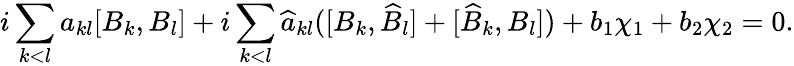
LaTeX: i\sum_{k<l}a_{kl}[B_{k},B_{l}]+i\sum_{k<l}\widehat{a}_{kl}([B_{k},\widehat{B}_{l}]+[\widehat{B}_{k},B_{l}])+b_{1}\chi_{1}+b_{2}\chi_{2}=0.